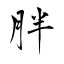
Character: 胖